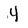
Character: 4